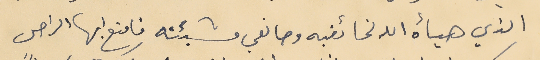
الذي هيأه الله لخائفيه وصانعي مشيئته فامتع ايها الراحل